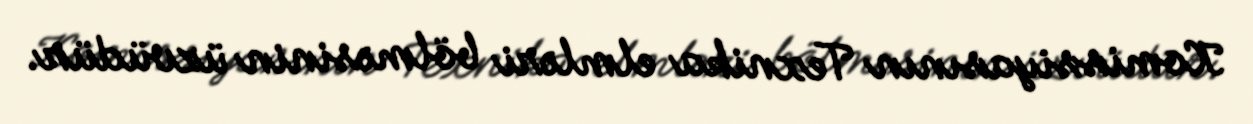
Komissiyasının Texnika elmləri bölməsinin üzvüdür.